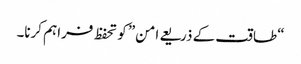
“طاقت کے ذریعے امن” کو تحفظ فراہم کرنا۔